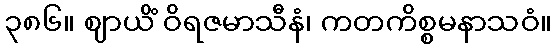
၃၈၆။ ဈာယိံ ဝိရဇမာသီနံ၊ ကတကိစ္စမနာသဝံ။